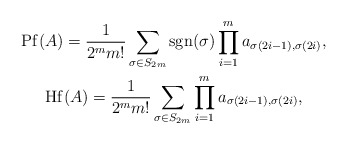
\begin{gather*} \mathrm{Pf}(A) = \frac{1}{2^m m!}\sum_{\sigma\in S_{2m}}\mathrm{sgn}(\sigma)\prod_{i=1}^{m}a_{\sigma(2i-1),\sigma(2i)},\\ \mathrm{Hf}(A)= \frac{1}{2^m m!}\sum_{\sigma\in S_{2m}} \prod_{i=1}^{m}a_{\sigma(2i-1),\sigma(2i)},\end{gather*}